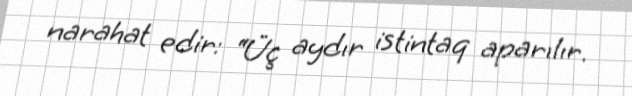
narahat edir: “Üç aydır istintaq aparılır.